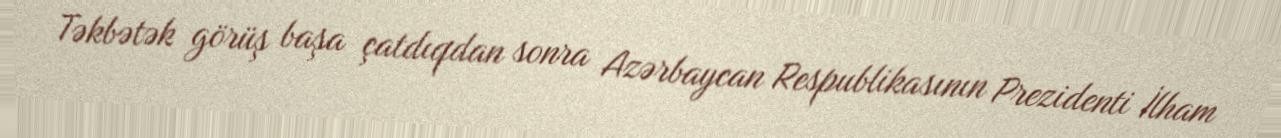
Təkbətək görüş başa çatdıqdan sonra Azərbaycan Respublikasının Prezidenti İlham